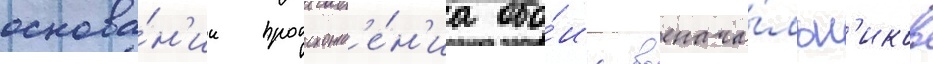
основа́н'ии происхожд'е́н'иа обо́их военача́льн'иков